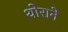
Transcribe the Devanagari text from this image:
थोराने